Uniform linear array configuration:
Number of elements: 12
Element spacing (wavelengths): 0.75
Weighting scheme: cosine
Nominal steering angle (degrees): -60
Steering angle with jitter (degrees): -60.978
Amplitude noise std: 0.05
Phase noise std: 0.05

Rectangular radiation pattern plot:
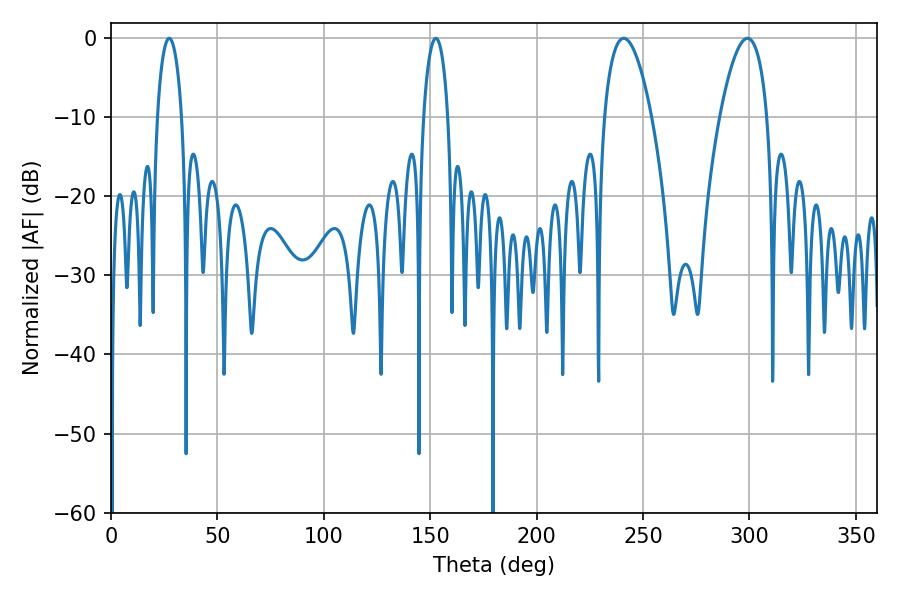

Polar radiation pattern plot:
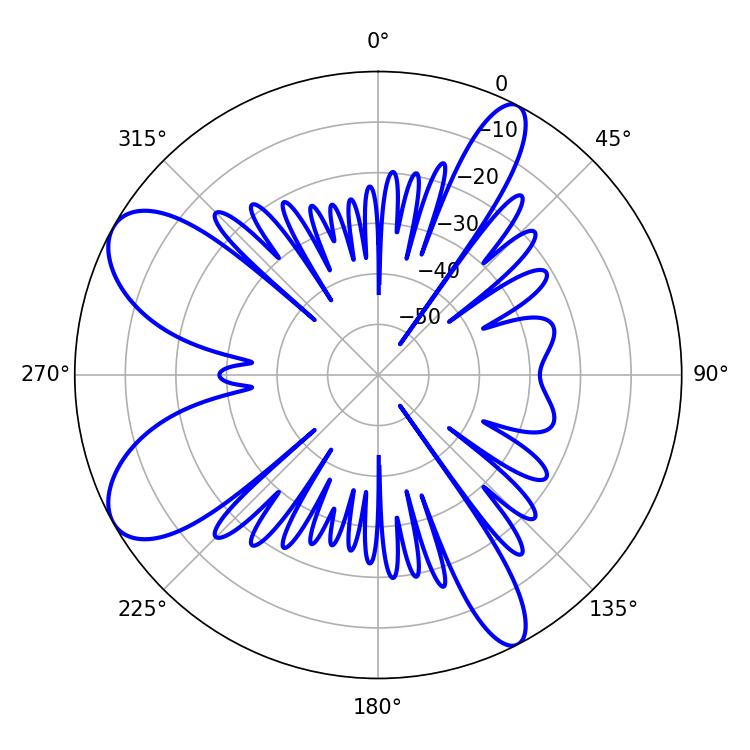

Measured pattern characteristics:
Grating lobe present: TRUE
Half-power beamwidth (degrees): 6.48
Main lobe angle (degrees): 27.36